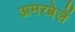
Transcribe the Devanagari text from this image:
अमरबेलें